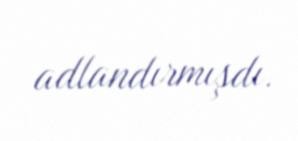
adlandırmışdı.